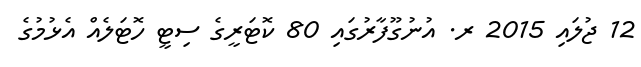
12 ޖުލައި 2015 ރ. އުނުގޫފާރުގައި 80 ކޮޓަރީގެ ސިޓީ ހޮޓަލެއް އެޅުމުގެ